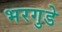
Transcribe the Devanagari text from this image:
भरगुडे